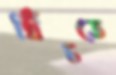
খিঁচতে